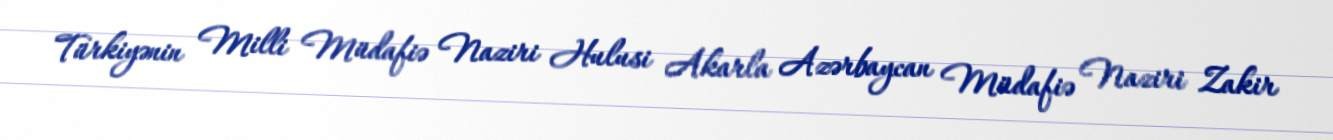
Türkiyənin Milli Müdafiə Naziri Hulusi Akarla Azərbaycan Müdafiə Naziri Zakir